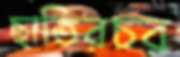
ছাতিরচর